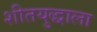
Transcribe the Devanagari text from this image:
शीतयुद्धाला